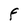
Character: F